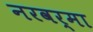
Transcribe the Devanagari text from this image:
नरवर्मा